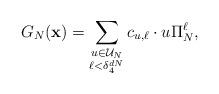
LaTeX: \begin{align*} G_N(\mathbf{x}) = \sum_{\substack{u \in \mathcal{U}_N \\ \ell < \delta_4^{dN}}} c_{u,\ell} \cdot u \Pi_N^{\ell},\end{align*}